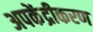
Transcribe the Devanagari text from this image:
अपकेंद्रीकरण